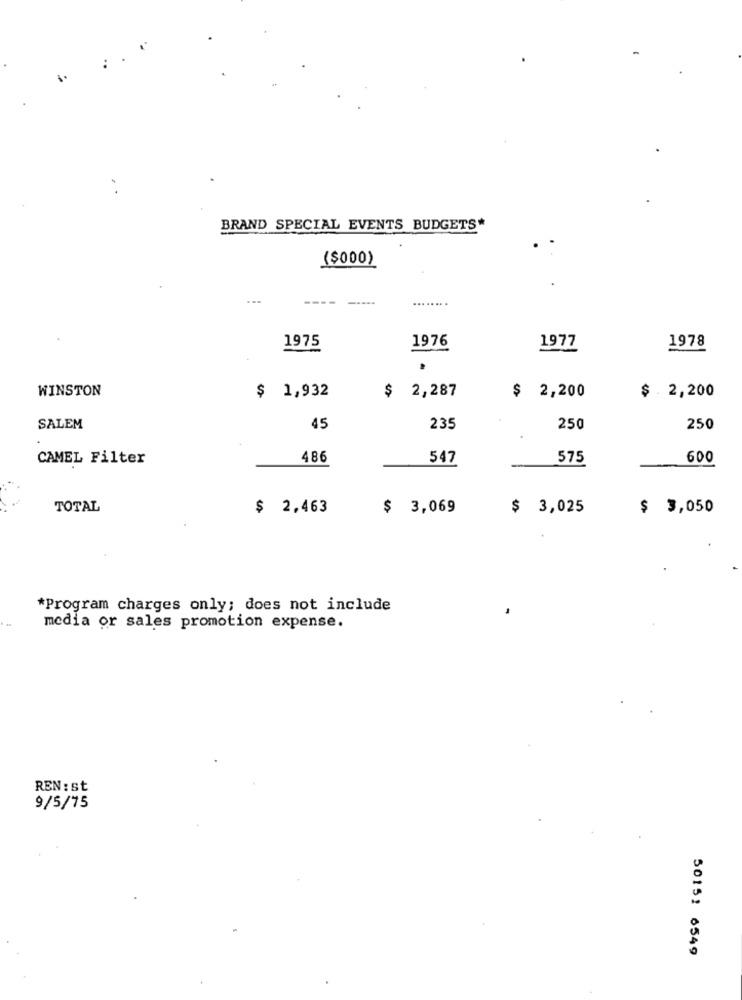
BRAND SPECIAL EVENTS BUDGETS*
($000)
...
----
1976
1975
1977
1978
WINSTON
$ 1,932
2,287
$ 2,200
$ . 2,200
SALEM
45
235
250
250
CAMEL Filter
486
547
575
600
TOTAL
$ 2,463
$ 3,069
$ 3,025
$ 3,050
*Program charges only; does not include
media or sales promotion expense.
REN : st
9/5/75
50151 6549